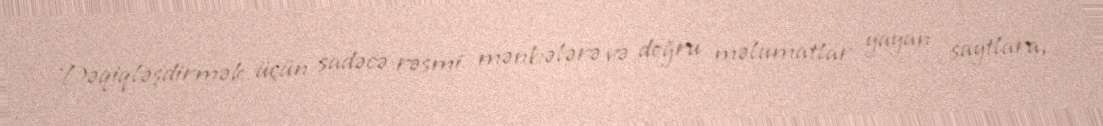
Dəqiqləşdirmək üçün sadəcə rəsmi mənbələrə və doğru məlumatlar yayan saytlara,